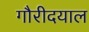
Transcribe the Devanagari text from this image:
गौरीदयाल